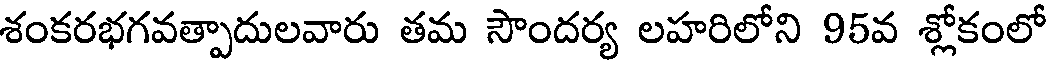
శంకరభగవత్పాదులవారు తమ సౌందర్య లహరిలోని 95వ శ్లోకంలో